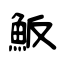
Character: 魬